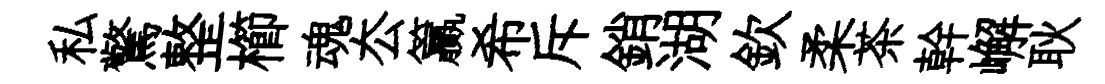
私驚整櫛魂厺籯希斥銷湖欽柔茶幹嶰耿